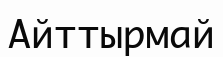
Айттырмай